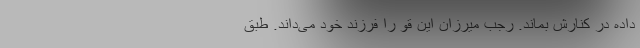
داده در کنارش بماند. رجب میرزان این قو را فرزند خود می‌داند. طبق